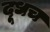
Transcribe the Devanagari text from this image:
दूधच